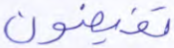
تفيضون